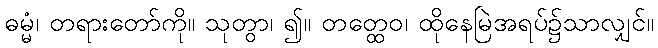
ဓမ္မံ၊ တရားတော်ကို။ သုတွာ၊ ၍။ တတ္ထေဝ၊ ထိုနေမြဲအရပ်၌သာလျှင်။